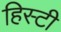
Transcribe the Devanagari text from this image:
हिस्टी